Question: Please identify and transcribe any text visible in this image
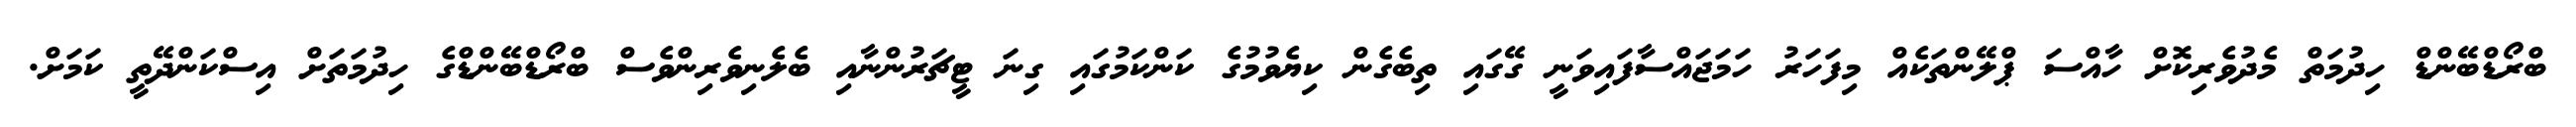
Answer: ބްރޯޑްބޭންޑް ހިދުމަތް މެދުވެރިކޮށް ހާއްސަ ޕްލޭންތަކެއް މިފަހަރު ހަމަޖައްސާފައިވަނީ ގޭގައި ތިބެގެން ކިޔެވުމުގެ ކަންކަމުގައި ގިނަ ޓީޗަރުންނާއި ބެލެނިވެރިންވެސް ބްރޯޑްބޭންޑްގެ ހިދުމަތަށް އިސްކަންދޭތީ ކަމަށް.